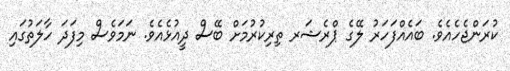
ކުރަންޖެހެއެވެ. ބައެއްފަހަރު ލޭގެ ޕްރެޝަރ ތިރިކުރުމަށް ބޭސް ދީއުޅެއެވެ. ނަމަވެސް މިފަދަ ހާލަތުގައި